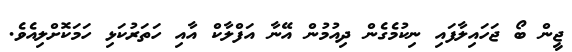
ޖީން ބޯ ޖަހައިލާފައި ނިކުމެގެން ދިއުމުން އޭނާ އަފްލާކް އާއި ހަތަރުކަޅި ހަމަކޮށްލިއެވެ.